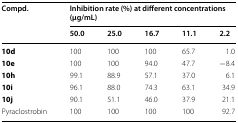
<table><thead><tr><td rowspan="2"><b>Compd.</b></td><td colspan="5"><b>Inhibition rate (%) at different concentrations (μg/mL)</b></td></tr><tr><td><b>50.0</b></td><td><b>25.0</b></td><td><b>16.7</b></td><td><b>11.1</b></td><td><b>2.2</b></td></tr></thead><tbody><tr><td><b>10d</b></td><td>100</td><td>100</td><td>100</td><td>65.7</td><td>1.0</td></tr><tr><td><b>10e</b></td><td>100</td><td>100</td><td>94.0</td><td>47.7</td><td>−8.4</td></tr><tr><td><b>10h</b></td><td>99.1</td><td>88.9</td><td>57.1</td><td>37.0</td><td>6.1</td></tr><tr><td><b>10i</b></td><td>96.1</td><td>88.0</td><td>74.3</td><td>63.1</td><td>34.9</td></tr><tr><td><b>10j</b></td><td>90.1</td><td>51.1</td><td>46.0</td><td>37.9</td><td>21.1</td></tr><tr><td>Pyraclostrobin</td><td>100</td><td>100</td><td>100</td><td>100</td><td>92.7</td></tr></tbody></table>